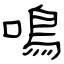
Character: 鳴